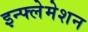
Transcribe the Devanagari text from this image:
इन्फ्लेमेशन